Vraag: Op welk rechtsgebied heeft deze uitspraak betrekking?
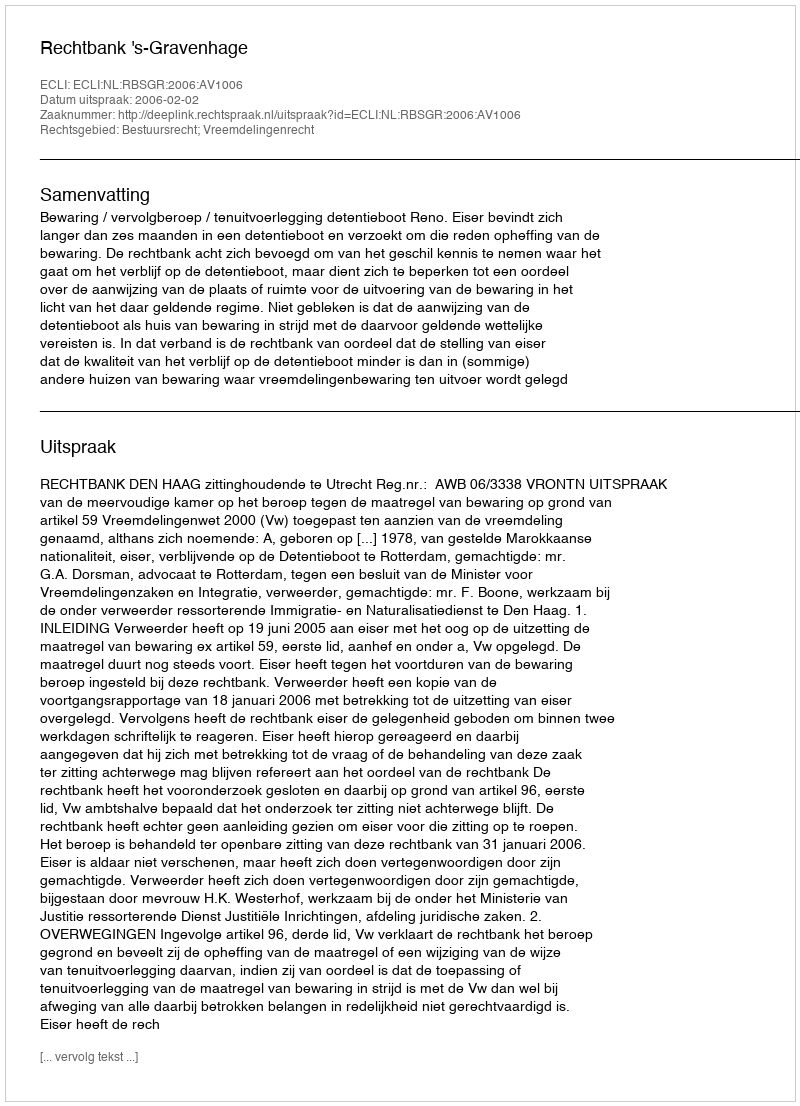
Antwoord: Bestuursrecht; Vreemdelingenrecht